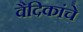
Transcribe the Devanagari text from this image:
वैदिकांचे